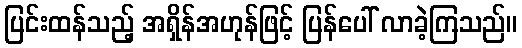
ပြင်းထန်သည့် အရှိန်အဟုန်ဖြင့် ပြန်ပေါ် လာခဲ့ကြသည်။